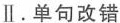
Ⅱ.单句改错